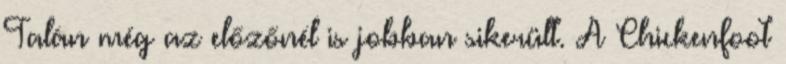
Talán még az előzőnél is jobban sikerült. A Chickenfoot